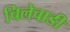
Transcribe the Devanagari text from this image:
चिलेवाडी